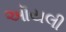
ઑયલી